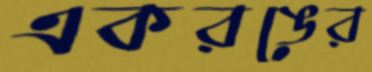
একরঙের